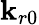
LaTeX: \mathbf{k}_{r0}